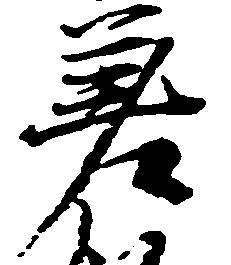
差